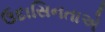
ઉદાસિનતાએ